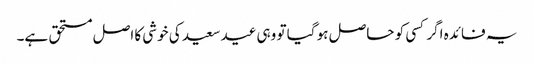
یہ فائدہ اگر کسی کو حاصل ہو گیا تو وہی عید سعید کی خوشی کا اصل مستحق ہے۔